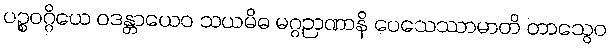
ပဉ္စဝဂ္ဂိယေ ဝဒန္တာယေဝ သယမိဓ မဂ္ဂဉာဏာနိ ပေသေဿာမာတိ တာသွေဝ